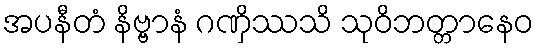
အပနီတံ နိဗ္ဗာနံ ဂဏှိဿသိ သုဝိဘတ္တာနေဝ